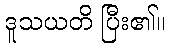
ဒူသယတိ ပြီး၏။